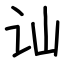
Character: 讪